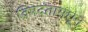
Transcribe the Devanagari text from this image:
विषदंतामधून